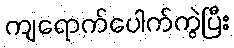
ကျရောက်ပေါက်ကွဲပြီး